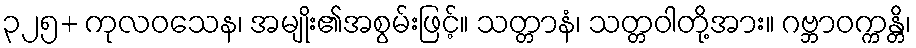
၃၂၅+ ကုလဝသေန၊ အမျိုး၏အစွမ်းဖြင့်။ သတ္တာနံ၊ သတ္တဝါတို့အား။ ဂဗ္ဘာဝက္ကန္တိ၊